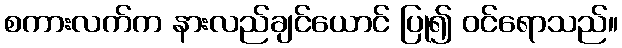
စကားလက်က နားလည်ချင်ယောင် ပြု၍ ဝင်ရောသည်။